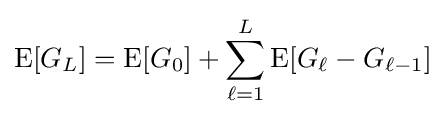
\operatorname {E} [G_{L}]=\operatorname {E} [G_{0}]+\sum _{\ell =1}^{L}\operatorname {E} [G_{\ell }-G_{\ell -1}]